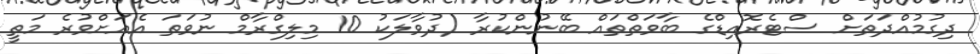
ދިގުމުއްދަތަށް ސްޓެރޮއިޑްގެ ބާވަތްތައް ބޭނުންކުރާ (ދުވާލަކު 10 މިލިގްރާމް ނުވަތަ އެއަށްވުރެ މަތީ